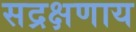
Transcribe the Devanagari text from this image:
सद्रक्षणाय